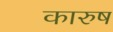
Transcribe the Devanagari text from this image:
कारुष